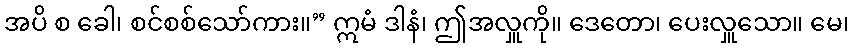
အပိ စ ခေါ၊ စင်စစ်သော်ကား။” ဣမံ ဒါနံ၊ ဤအလှူကို။ ဒေတော၊ ပေးလှူသော။ မေ၊